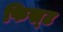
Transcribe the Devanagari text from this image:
फिस्र्ट